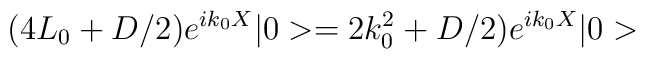
(4L_{0} + D/2 ) e^{ik_{0}X} |0> = 2k_{0}^{2} + D/2 ) e^{ik_{0} X}|0>